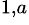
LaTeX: ^{1,a}